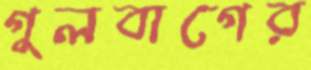
গুলবাগের